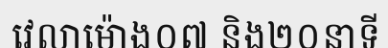
វេលាម៉ោង០៧ និង២០នាទី